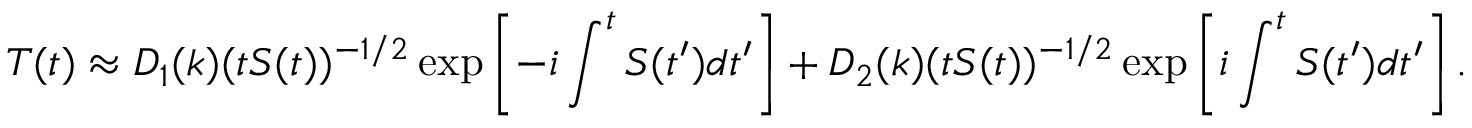
T ( t ) \approx D _ { 1 } ( k ) ( t S ( t ) ) ^ { - 1 / 2 } \exp \left[ - i \int ^ { t } S ( t ^ { \prime } ) d t ^ { \prime } \right] + D _ { 2 } ( k ) ( t S ( t ) ) ^ { - 1 / 2 } \exp \left[ i \int ^ { t } S ( t ^ { \prime } ) d t ^ { \prime } \right] .